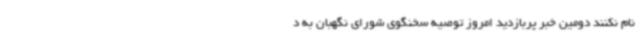
نام نکنند دومین خبر پربازدید امروز توصیه سخنگوی شورای نگهبان به د